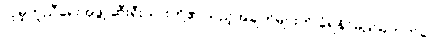
လူမှုကူညီရေးအဖွဲ့ ဆီးရီးယားတို့၏ သည့်အချက်များကို ခံရနိုင်မည်မဟုတ်ပေ